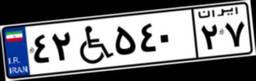
۴۲W۵۴۰۲۷